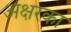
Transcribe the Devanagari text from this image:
अक्षरका